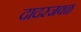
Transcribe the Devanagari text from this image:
दादरजवळ